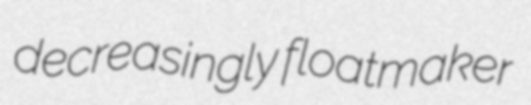
decreasingly floatmaker